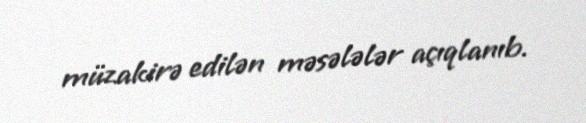
müzakirə edilən məsələlər açıqlanıb.